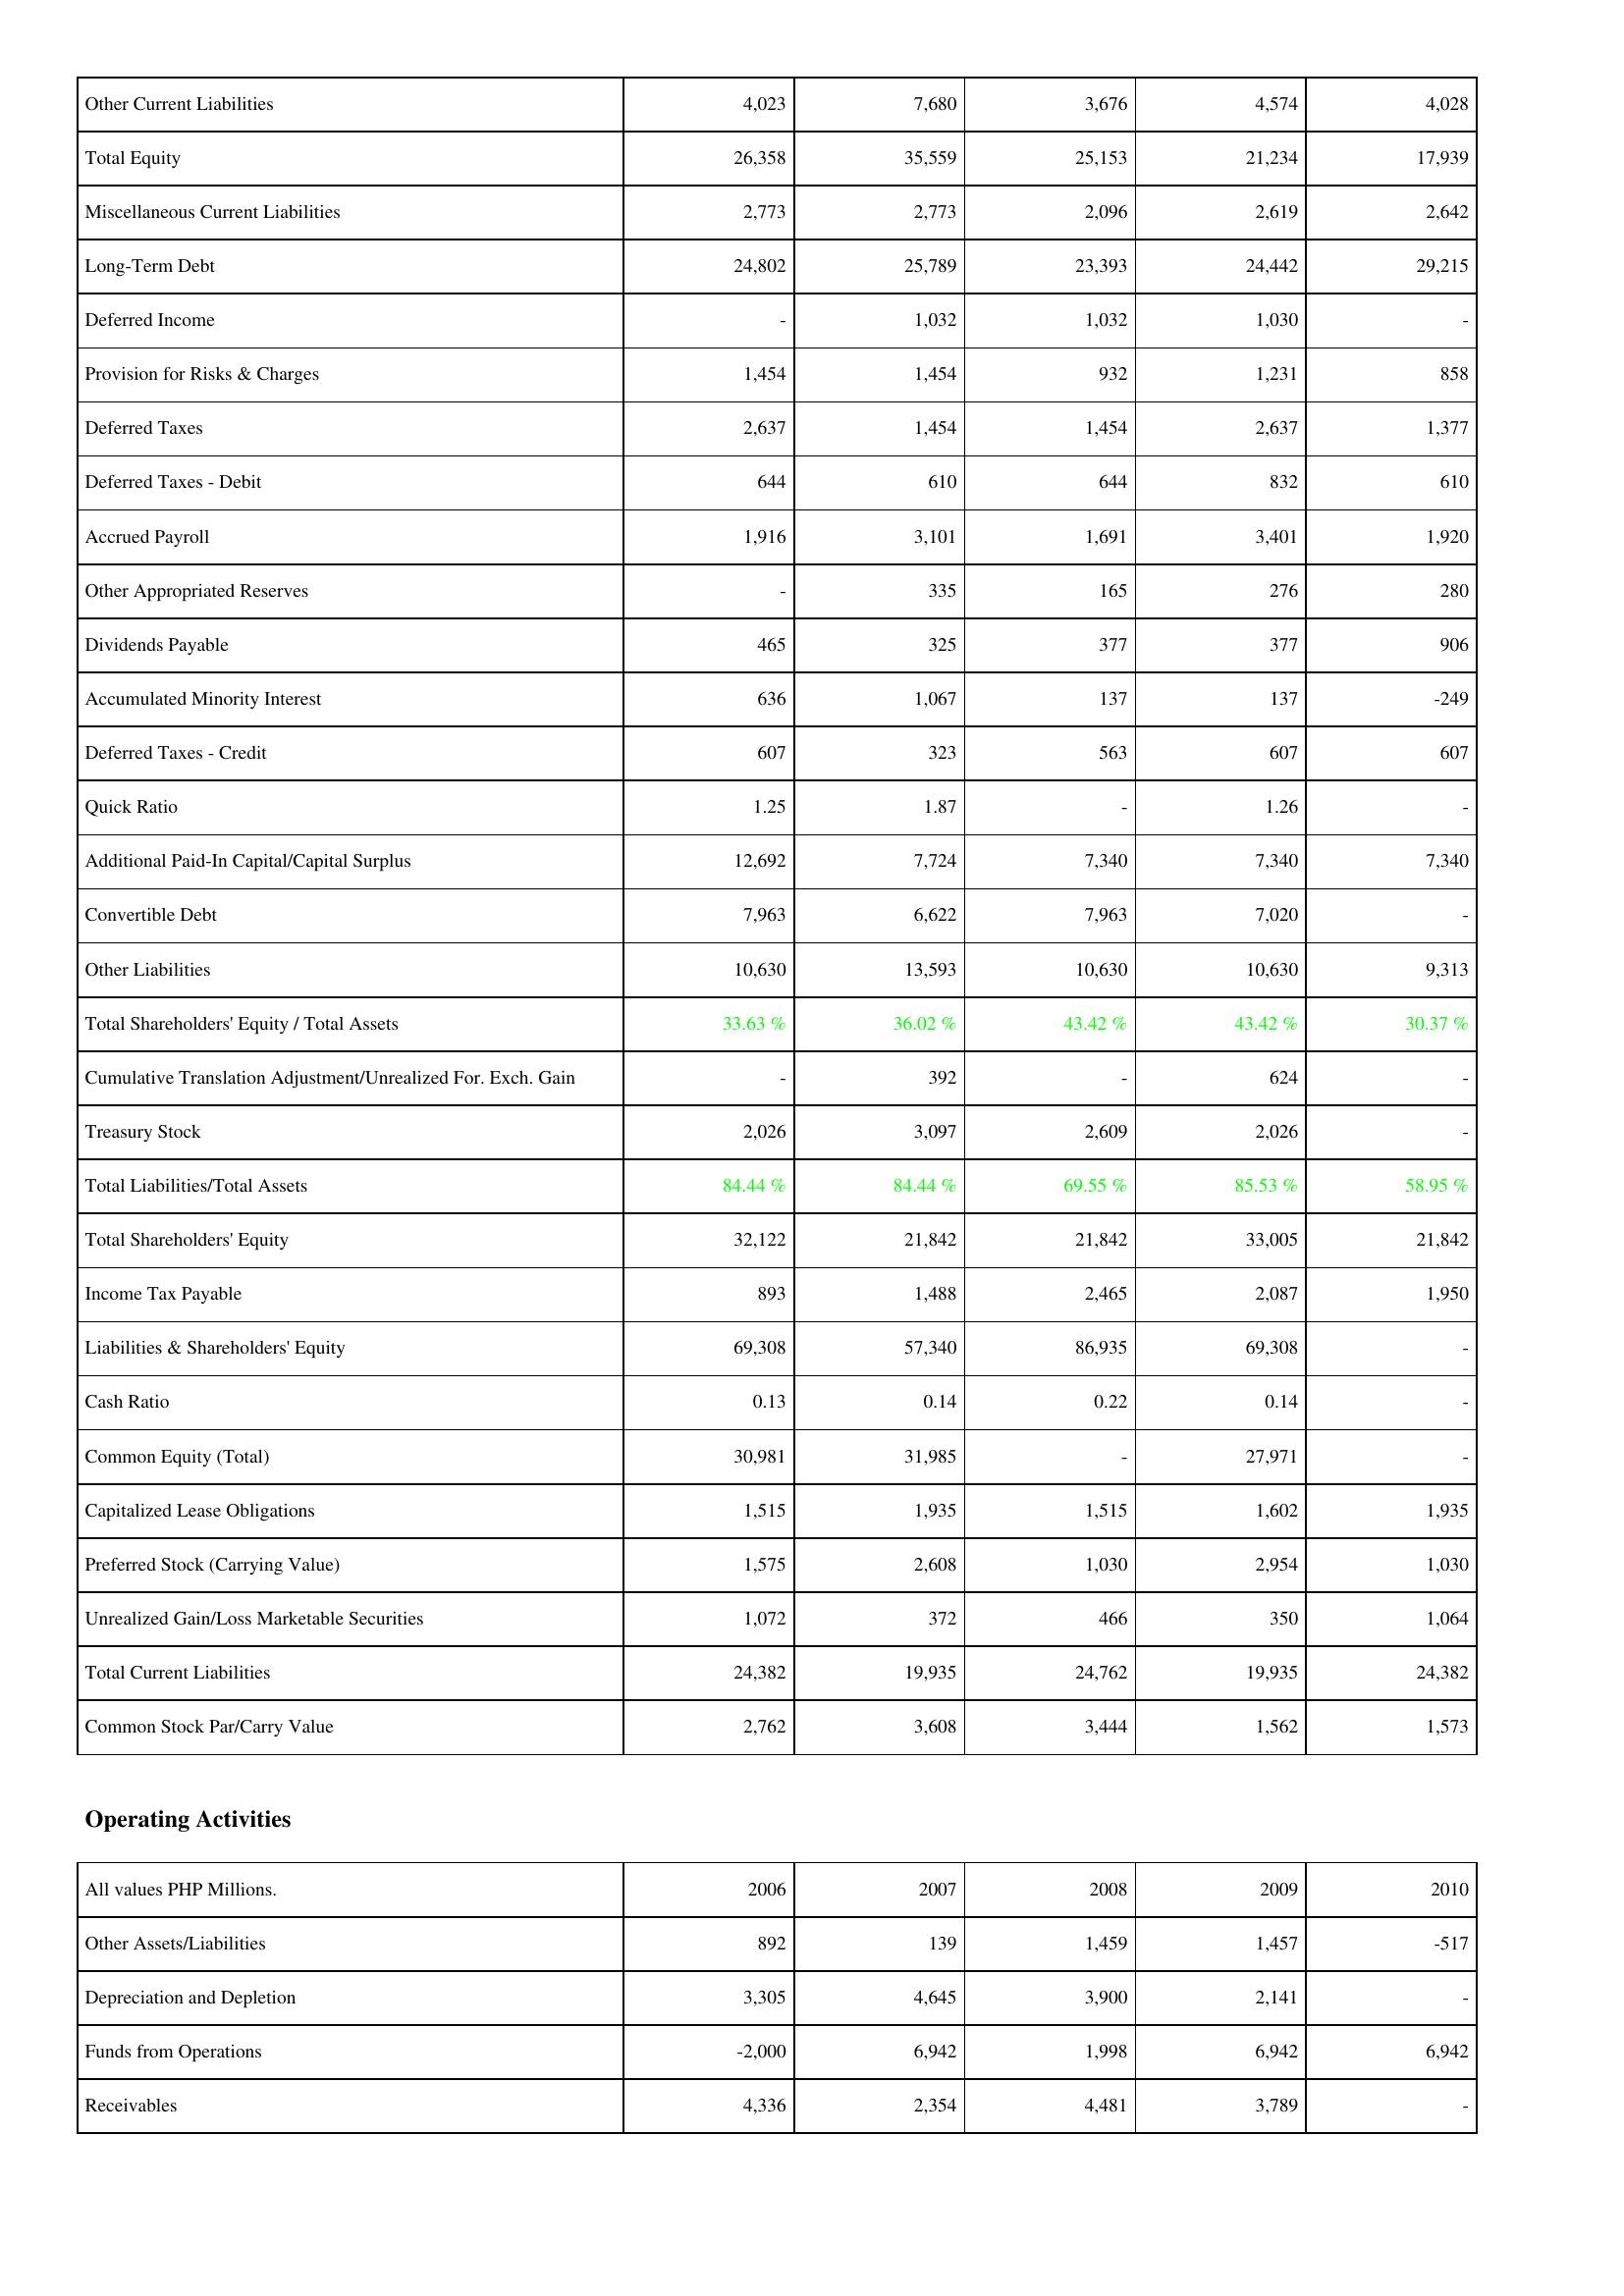
2006: Liabilities & Shareholders' Equity: Other Current Liabilities: 4,023
Total Equity: 26,358
Miscellaneous Current Liabilities: 2,773
Long-Term Debt: 24,802
Deferred Income: -
Provision for Risks & Charges: 1,454
Deferred Taxes: 2,637
Deferred Taxes - Debit: 644
Accrued Payroll: 1,916
Other Appropriated Reserves: -
Dividends Payable: 465
Accumulated Minority Interest: 636
Deferred Taxes - Credit: 607
Quick Ratio: 1.25
Additional Paid-In Capital/Capital Surplus: 12,692
Convertible Debt: 7,963
Other Liabilities: 10,630
Total Shareholders' Equity / Total Assets: 33.63 %
Cumulative Translation Adjustment/Unrealized For. Exch. Gain: -
Treasury Stock: 2,026
Total Liabilities/Total Assets: 84.44 %
Total Shareholders' Equity: 32,122
Income Tax Payable: 893
Liabilities & Shareholders' Equity: 69,308
Cash Ratio: 0.13
Common Equity (Total): 30,981
Capitalized Lease Obligations: 1,515
Preferred Stock (Carrying Value): 1,575
Unrealized Gain/Loss Marketable Securities: 1,072
Total Current Liabilities: 24,382
Common Stock Par/Carry Value: 2,762
Operating Activities: Other Assets/Liabilities: 892
Depreciation and Depletion: 3,305
Funds from Operations: -2,000
Receivables: 4,336
2007: Liabilities & Shareholders' Equity: Other Current Liabilities: 7,680
Total Equity: 35,559
Miscellaneous Current Liabilities: 2,773
Long-Term Debt: 25,789
Deferred Income: 1,032
Provision for Risks & Charges: 1,454
Deferred Taxes: 1,454
Deferred Taxes - Debit: 610
Accrued Payroll: 3,101
Other Appropriated Reserves: 335
Dividends Payable: 325
Accumulated Minority Interest: 1,067
Deferred Taxes - Credit: 323
Quick Ratio: 1.87
Additional Paid-In Capital/Capital Surplus: 7,724
Convertible Debt: 6,622
Other Liabilities: 13,593
Total Shareholders' Equity / Total Assets: 36.02 %
Cumulative Translation Adjustment/Unrealized For. Exch. Gain: 392
Treasury Stock: 3,097
Total Liabilities/Total Assets: 84.44 %
Total Shareholders' Equity: 21,842
Income Tax Payable: 1,488
Liabilities & Shareholders' Equity: 57,340
Cash Ratio: 0.14
Common Equity (Total): 31,985
Capitalized Lease Obligations: 1,935
Preferred Stock (Carrying Value): 2,608
Unrealized Gain/Loss Marketable Securities: 372
Total Current Liabilities: 19,935
Common Stock Par/Carry Value: 3,608
Operating Activities: Other Assets/Liabilities: 139
Depreciation and Depletion: 4,645
Funds from Operations: 6,942
Receivables: 2,354
2008: Liabilities & Shareholders' Equity: Other Current Liabilities: 3,676
Total Equity: 25,153
Miscellaneous Current Liabilities: 2,096
Long-Term Debt: 23,393
Deferred Income: 1,032
Provision for Risks & Charges: 932
Deferred Taxes: 1,454
Deferred Taxes - Debit: 644
Accrued Payroll: 1,691
Other Appropriated Reserves: 165
Dividends Payable: 377
Accumulated Minority Interest: 137
Deferred Taxes - Credit: 563
Quick Ratio: -
Additional Paid-In Capital/Capital Surplus: 7,340
Convertible Debt: 7,963
Other Liabilities: 10,630
Total Shareholders' Equity / Total Assets: 43.42 %
Cumulative Translation Adjustment/Unrealized For. Exch. Gain: -
Treasury Stock: 2,609
Total Liabilities/Total Assets: 69.55 %
Total Shareholders' Equity: 21,842
Income Tax Payable: 2,465
Liabilities & Shareholders' Equity: 86,935
Cash Ratio: 0.22
Common Equity (Total): -
Capitalized Lease Obligations: 1,515
Preferred Stock (Carrying Value): 1,030
Unrealized Gain/Loss Marketable Securities: 466
Total Current Liabilities: 24,762
Common Stock Par/Carry Value: 3,444
Operating Activities: Other Assets/Liabilities: 1,459
Depreciation and Depletion: 3,900
Funds from Operations: 1,998
Receivables: 4,481
2009: Liabilities & Shareholders' Equity: Other Current Liabilities: 4,574
Total Equity: 21,234
Miscellaneous Current Liabilities: 2,619
Long-Term Debt: 24,442
Deferred Income: 1,030
Provision for Risks & Charges: 1,231
Deferred Taxes: 2,637
Deferred Taxes - Debit: 832
Accrued Payroll: 3,401
Other Appropriated Reserves: 276
Dividends Payable: 377
Accumulated Minority Interest: 137
Deferred Taxes - Credit: 607
Quick Ratio: 1.26
Additional Paid-In Capital/Capital Surplus: 7,340
Convertible Debt: 7,020
Other Liabilities: 10,630
Total Shareholders' Equity / Total Assets: 43.42 %
Cumulative Translation Adjustment/Unrealized For. Exch. Gain: 624
Treasury Stock: 2,026
Total Liabilities/Total Assets: 85.53 %
Total Shareholders' Equity: 33,005
Income Tax Payable: 2,087
Liabilities & Shareholders' Equity: 69,308
Cash Ratio: 0.14
Common Equity (Total): 27,971
Capitalized Lease Obligations: 1,602
Preferred Stock (Carrying Value): 2,954
Unrealized Gain/Loss Marketable Securities: 350
Total Current Liabilities: 19,935
Common Stock Par/Carry Value: 1,562
Operating Activities: Other Assets/Liabilities: 1,457
Depreciation and Depletion: 2,141
Funds from Operations: 6,942
Receivables: 3,789
2010: Liabilities & Shareholders' Equity: Other Current Liabilities: 4,028
Total Equity: 17,939
Miscellaneous Current Liabilities: 2,642
Long-Term Debt: 29,215
Deferred Income: -
Provision for Risks & Charges: 858
Deferred Taxes: 1,377
Deferred Taxes - Debit: 610
Accrued Payroll: 1,920
Other Appropriated Reserves: 280
Dividends Payable: 906
Accumulated Minority Interest: -249
Deferred Taxes - Credit: 607
Quick Ratio: -
Additional Paid-In Capital/Capital Surplus: 7,340
Convertible Debt: -
Other Liabilities: 9,313
Total Shareholders' Equity / Total Assets: 30.37 %
Cumulative Translation Adjustment/Unrealized For. Exch. Gain: -
Treasury Stock: -
Total Liabilities/Total Assets: 58.95 %
Total Shareholders' Equity: 21,842
Income Tax Payable: 1,950
Liabilities & Shareholders' Equity: -
Cash Ratio: -
Common Equity (Total): -
Capitalized Lease Obligations: 1,935
Preferred Stock (Carrying Value): 1,030
Unrealized Gain/Loss Marketable Securities: 1,064
Total Current Liabilities: 24,382
Common Stock Par/Carry Value: 1,573
Operating Activities: Other Assets/Liabilities: -517
Depreciation and Depletion: -
Funds from Operations: 6,942
Receivables: -